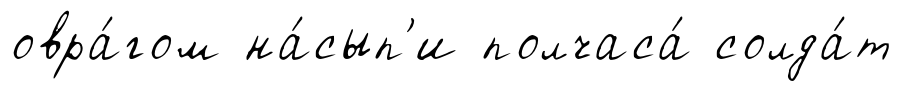
овра́гом на́сып'и полчаса́ солда́т